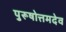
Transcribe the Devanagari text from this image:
पुरूषोत्तमदेव